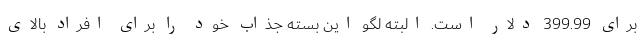
برای 399.99 دلار است. البته لگو این بسته جذاب خود را برای افراد بالای